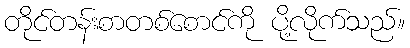
တိုင်တန်းစာတစ်စောင်ကို ပို့လိုက်သည်။